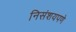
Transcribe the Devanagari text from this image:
निसंशयपणे